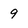
Character: 9